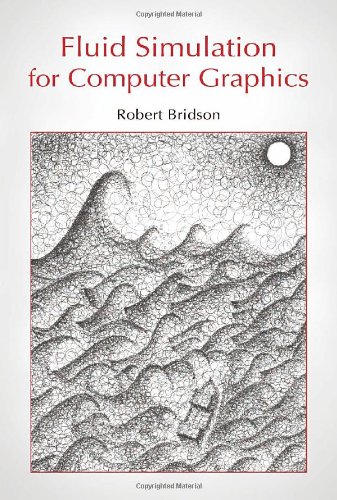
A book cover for Fluid Simulation for Computer Graphics; Robert Bridson; Computers & Technology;